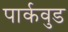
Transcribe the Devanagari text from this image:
पार्कवुड